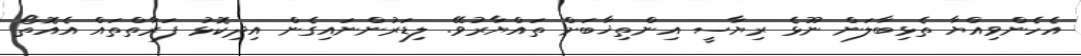
އެހެންވިއްޔާ ތެޅިބާލަން ނޫޅެ ރިޔާސީ އިންތިޚާބަށް ތައްޔާރުވޭ. ލިޑަރުންނައިގެން އިދިކޮޅު ފަރާތްތައް އެއޮތޯ